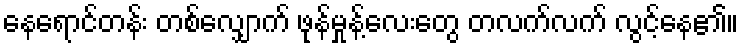
နေရောင်တန်း တစ်လျှောက် ဖုန်မှုန့်လေးတွေ တလက်လက် လွင့်နေ၏။